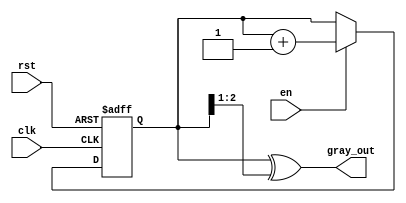
module gray_code_counter (
    input wire clk,        // Clock signal
    input wire rst,        // Asynchronous reset signal
    input wire en,         // Enable signal
    output reg [2:0] gray_out // 3-bit Gray code output
);

    reg [2:0] binary_count; // Internal binary counter

    // Convert binary to Gray code
    function [2:0] binary_to_gray;
        input [2:0] binary;
        begin
            binary_to_gray = binary ^ (binary >> 1);
        end
    endfunction

    always @(posedge clk or posedge rst) begin
        if (rst) begin
            binary_count <= 3'b000; // Reset to 0 in binary
        end else if (en) begin
            binary_count <= binary_count + 1; // Increment binary counter
        end
    end

    // Output logic: Convert binary count to Gray code
    always @(*) begin
        gray_out = binary_to_gray(binary_count);
    end

endmodule